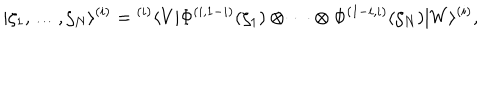
| \zeta _ { 1 } , \ldots , \zeta _ { N } \rangle ^ { ( i ) } = { } ^ { ( i ) } \langle V | \Phi ^ { ( i , 1 - i ) } ( \zeta _ { 1 } ) \otimes \cdots \otimes \Phi ^ { ( 1 - i , i ) } ( \zeta _ { N } ) | W \rangle ^ { ( i ) } ,